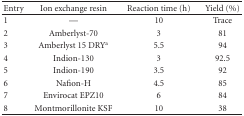
<table><thead><tr><td><b>Entry</b></td><td><b>Ion exchange resin</b></td><td><b>Reaction time (h)</b></td><td><b>Yield (%)</b></td></tr></thead><tbody><tr><td>1</td><td>—</td><td>10</td><td>Trace</td></tr><tr><td>2</td><td>Amberlyst-70</td><td>3</td><td>81</td></tr><tr><td>3</td><td>Amberlyst 15 DRY<sup>a</sup></td><td>5.5</td><td>94</td></tr><tr><td>4</td><td>Indion-130</td><td>3</td><td>92.5</td></tr><tr><td>5</td><td>Indion-190</td><td>3.5</td><td>92</td></tr><tr><td>6</td><td>Nafion-H</td><td>4.5</td><td>85</td></tr><tr><td>7</td><td>Envirocat EPZ10</td><td>6</td><td>84</td></tr><tr><td>8</td><td>Montmorillonite KSF</td><td>10</td><td>38</td></tr></tbody></table>